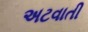
અટવાતી